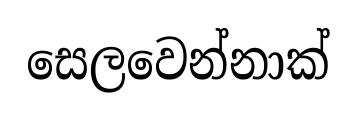
සෙලවෙන්නාක්